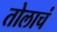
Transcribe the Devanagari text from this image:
तोलाचं